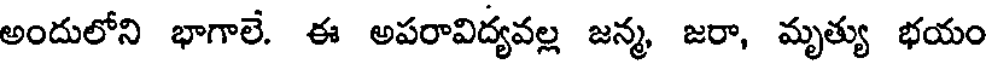
అందులోని భాగాలే. ఈ అపరావిద్యవల్ల జన్మ, జరా, మృత్యు భయం